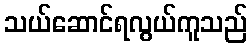
သယ်ဆောင်ရလွယ်ကူသည်